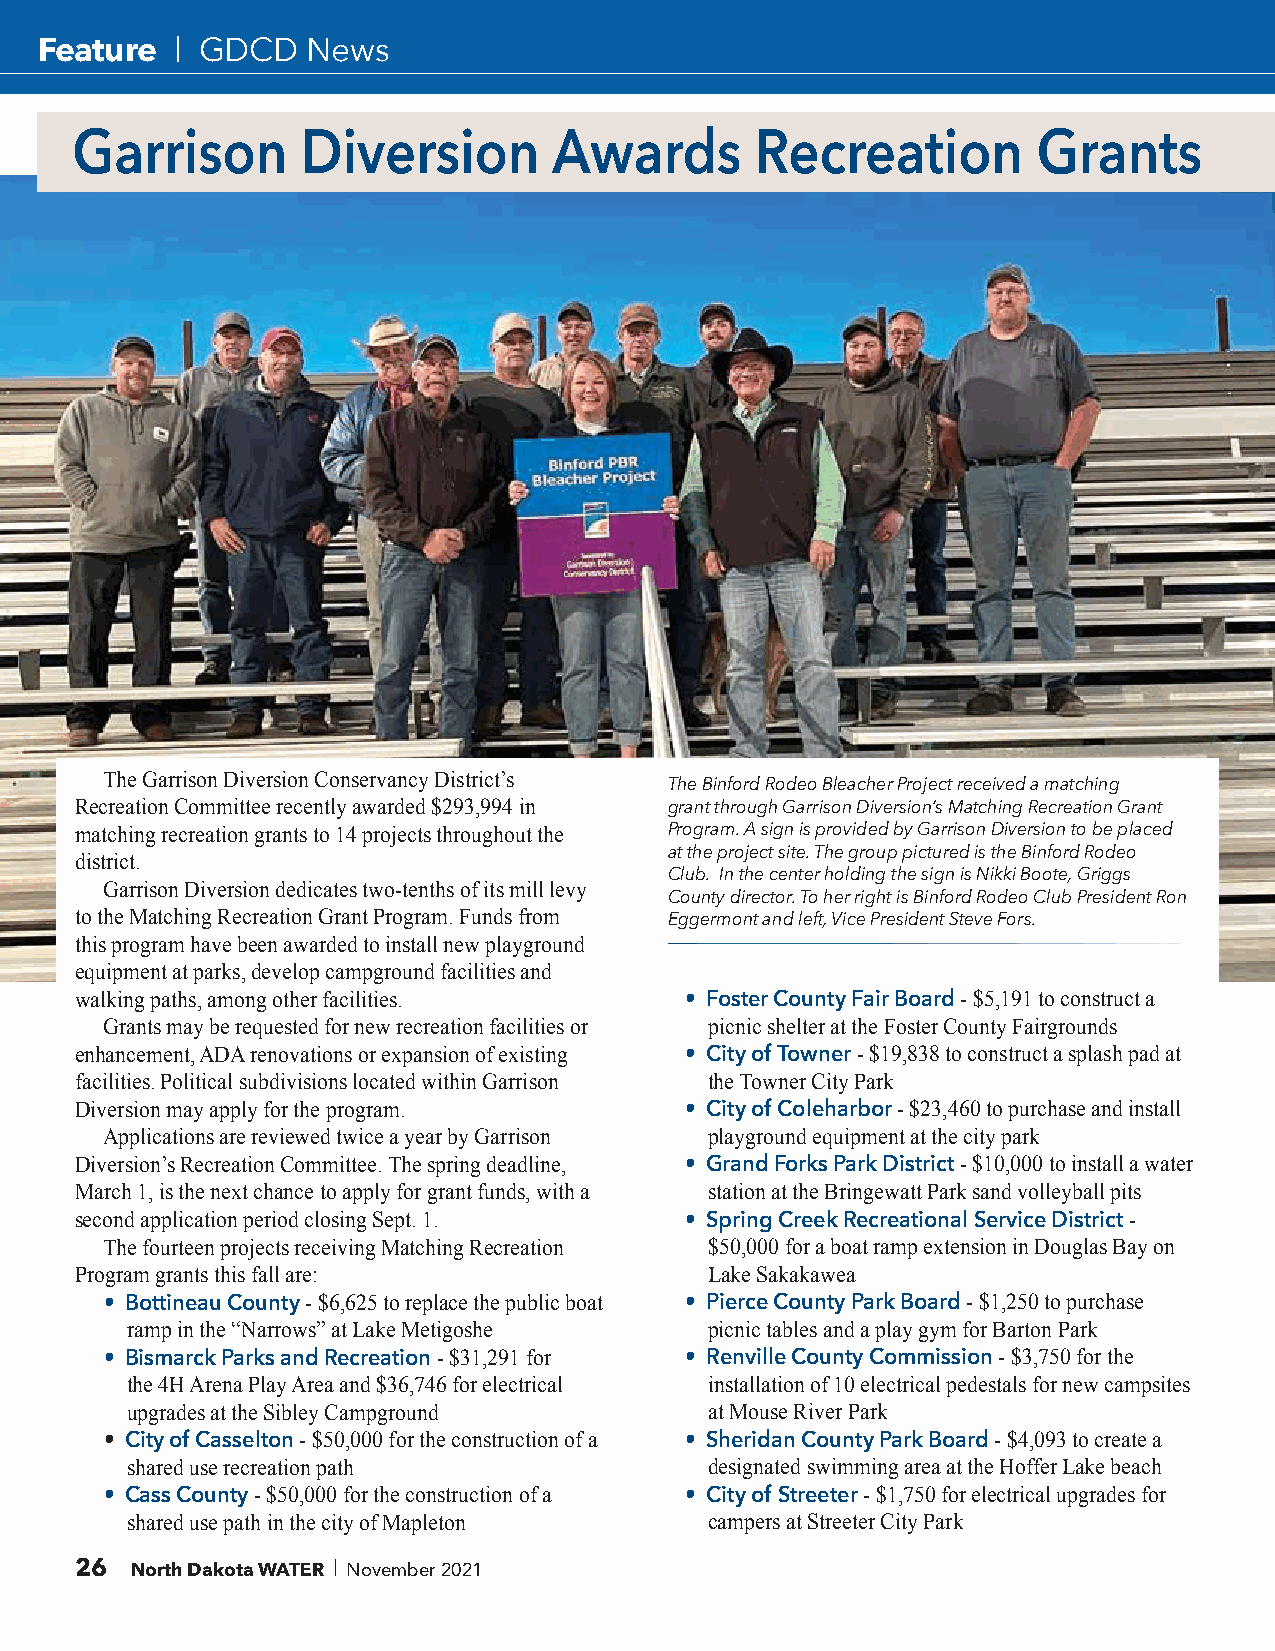
Feature   | GDCD  News
 The Garrison Diversion Conservancy District’s
 The Binford Rodeo Bleacher Project received a matching
 Recreation Committee recently awarded $293,994 in grant through Garrison Diversion’s Matching Recreation Grant
 matching recreation grants to 14 projects throughout the Program. A sign is provided by Garrison Diversion to be placed
 at the project site. The group pictured is the Binford Rodeo
 district.
 Club. In the center holding the sign is Nikki Boote, Griggs
 Garrison Diversion dedicates two-tenths of its mill levy
 County director. To her right is Binford Rodeo Club President Ron
 to the Matching Recreation Grant Program. Funds from Eggermont and left, Vice President Steve Fors.
 this program have been awarded to install new playground
 equipment at parks, develop campground facilities and
 walking paths, among other facilities.  • Foster County Fair Board - $5,191 to construct a
 Grants may be requested for new recreation facilities or picnic shelter at the Foster County Fairgrounds
 enhancement, ADA renovations or expansion of existing • City of Towner - $19,838 to construct a splash pad at
 facilities. Political subdivisions located within Garrison the Towner City Park
 Diversion may apply for the program.    • City of Coleharbor - $23,460 to purchase and install
 Applications are reviewed twice a year by Garrison playground equipment at the city park
 Diversion’s Recreation Committee. The spring deadline, • Grand Forks Park District - $10,000 to install a water
 March 1, is the next chance to apply for grant funds, with a station at the Bringewatt Park sand volleyball pits
 second application period closing Sept. 1. • Spring Creek Recreational Service District -
 The fourteen projects receiving Matching Recreation $50,000 for a boat ramp extension in Douglas Bay on
 Program grants this fall are:             Lake Sakakawea
 • Bottineau County - $6,625 to replace the public boat • Pierce County Park Board - $1,250 to purchase
 ramp in the “Narrows” at Lake Metigoshe picnic tables and a play gym for Barton Park
 • Bismarck Parks and Recreation - $31,291 for • Renville County Commission - $3,750 for the
 the 4H Arena Play Area and $36,746 for electrical installation of 10 electrical pedestals for new campsites
 upgrades at the Sibley Campground      at Mouse River Park
 • City of Casselton - $50,000 for the construction of a • Sheridan County Park Board - $4,093 to create a
 shared use recreation path             designated swimming area at the Hoffer Lake beach
 • Cass County - $50,000 for the construction of a • City of Streeter - $1,750 for electrical upgrades for
 shared use path in the city of Mapleton campers at Streeter City Park
 26  North Dakota WATER November 2021